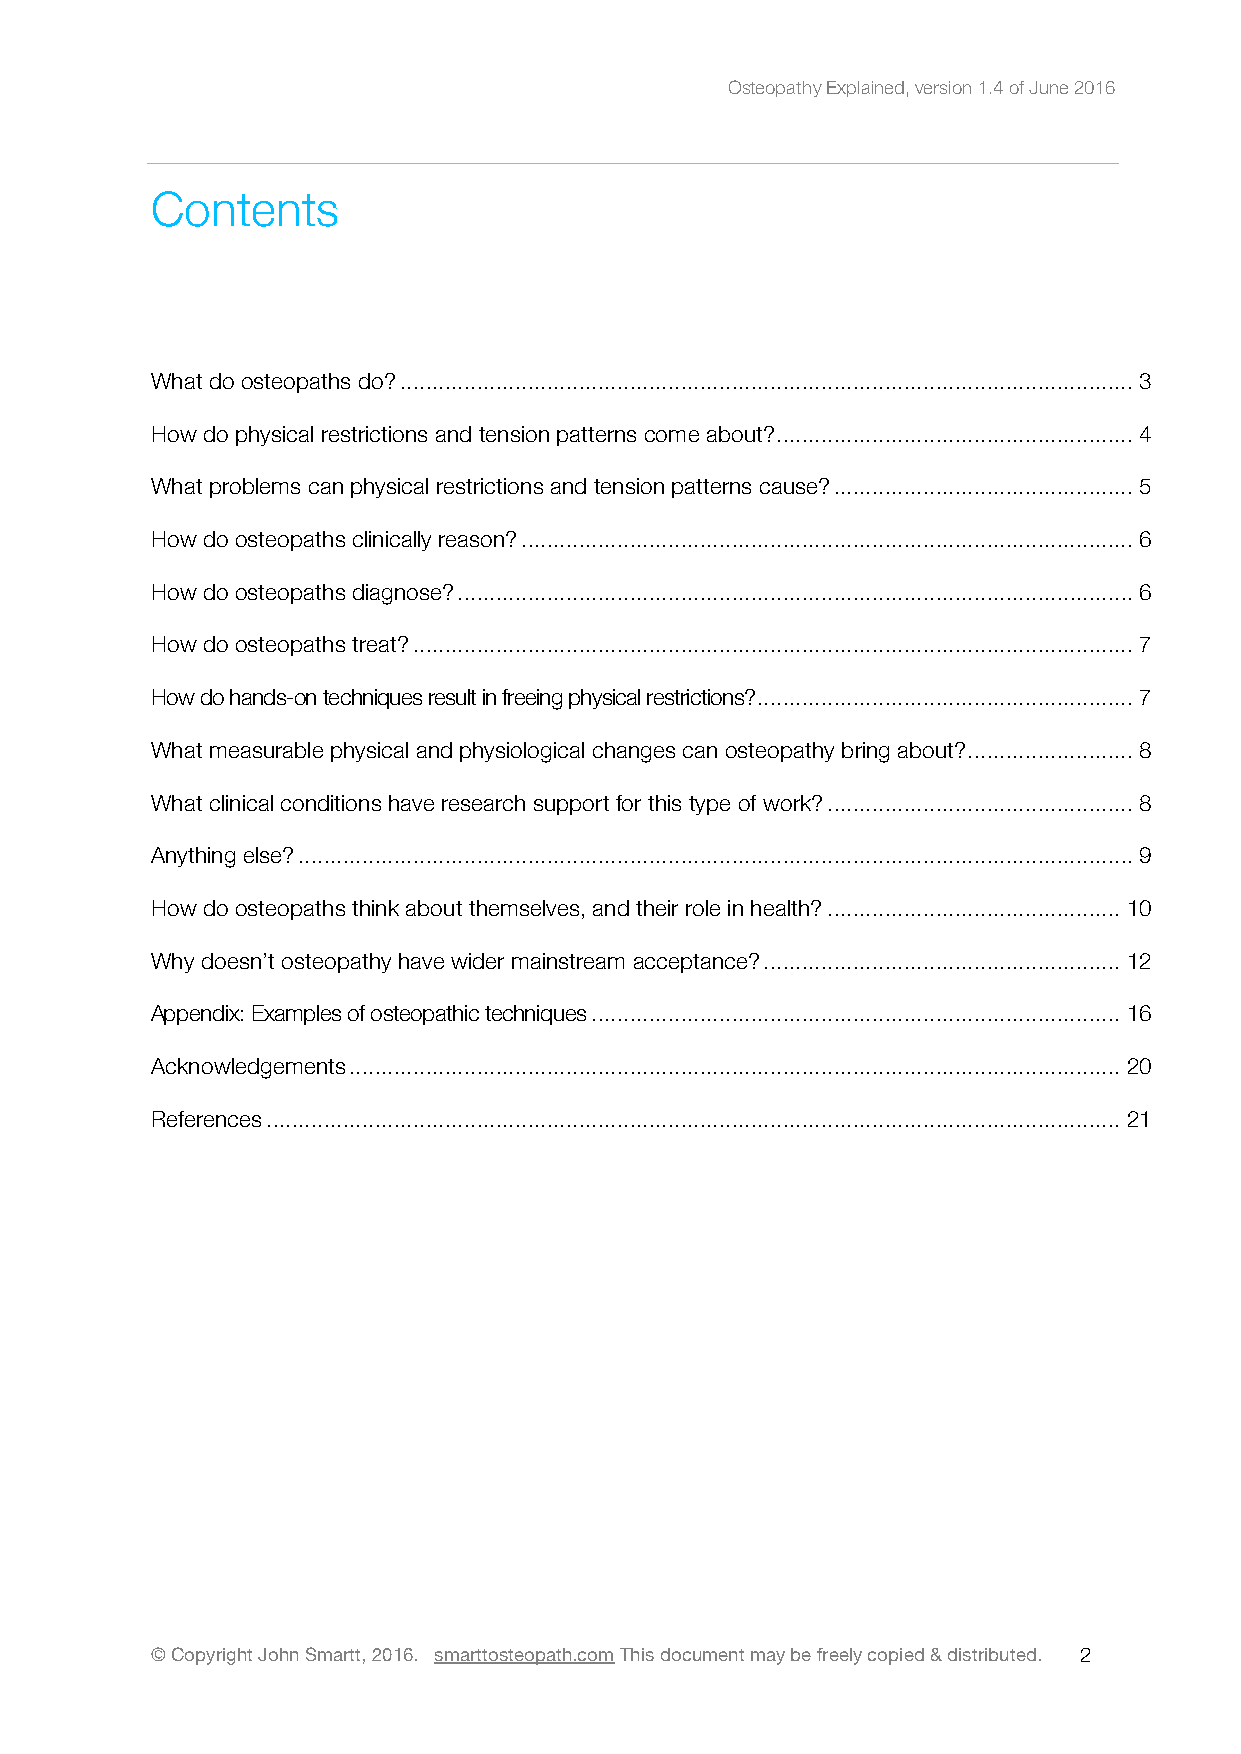
Osteopathy Explained, version 1.4 of June 2016
 Contents
 What do osteopaths do?................................................................................................................... 3
 How do physical restrictions and tension patterns come about?........................................................ 4
 What problems can physical restrictions and tension patterns cause?............................................... 5
 How do osteopaths clinically reason?................................................................................................ 6
 How do osteopaths diagnose?.......................................................................................................... 6
 How do osteopaths treat?................................................................................................................. 7
 How do hands-on techniques result in freeing physical restrictions?........................................................... 7
 What measurable physical and physiological changes can osteopathy bring about?.......................... 8
 What clinical conditions have research support for this type of work?................................................ 8
 Anything else?................................................................................................................................... 9
 How do osteopaths think about themselves, and their role in health?.............................................. 10
 Why doesn’t osteopathy have wider mainstream acceptance?........................................................ 12
 Appendix: Examples of osteopathic techniques................................................................................... 16
 Acknowledgements......................................................................................................................... 20
 References...................................................................................................................................... 21
 © Copyright John Smartt, 2016. smarttosteopath.com This document may be freely copied & distributed. 2